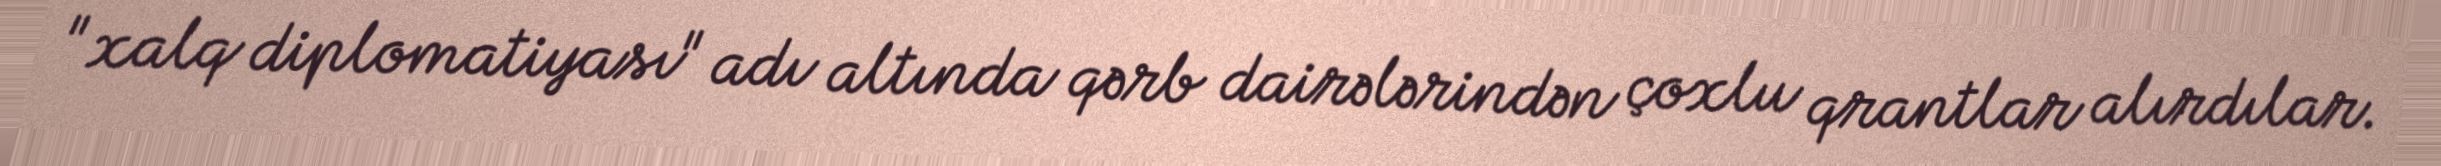
"xalq diplomatiyası" adı altında qərb dairələrindən çoxlu qrantlar alırdılar.